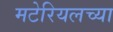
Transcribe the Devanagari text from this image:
मटेरियलच्या